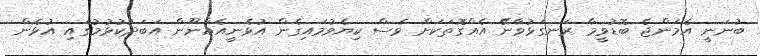
ބުނަނީ އެމަންޖެ ބޮޑުވީމާ ރަނގަޅުވާނޭ އެއްގޮތަކަށް ވެސް ކިޔެވުމައިގެން އުޅެނީއެއްނޫން އަބަދުކުޅުމުގައި އުޅެން